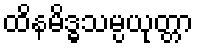
ထိနမိဒ္ဓသမ္ပယုတ္တာ